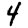
Digit: 4